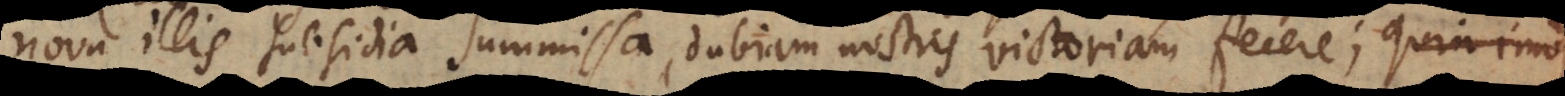
nova illis subsidia summissa, dubiam nostris victoriam fecere; r